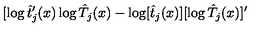
[ \log \hat { t } _ { j } ^ { \prime } ( x ) \log \hat { T } _ { j } ( x ) - \log [ \hat { t } _ { j } ( x ) ] [ \log \hat { T } _ { j } ( x ) ] ^ { \prime }